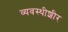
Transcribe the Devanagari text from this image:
व्यवस्थीशीर